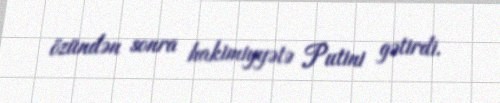
özündən sonra hakimiyyətə Putini gətirdi.